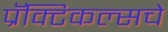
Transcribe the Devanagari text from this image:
प्रॅक्टिकल्सचे